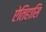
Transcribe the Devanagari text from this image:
ऐतिहासि